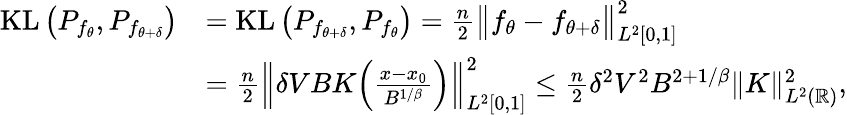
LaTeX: \begin{array}{rl}{\operatorname{KL}\big(P_{f_{\theta}},P_{f_{\theta+\delta}}\big)}&{=\operatorname{KL}\big(P_{f_{\theta+\delta}},P_{f_{\theta}}\big)=\frac n2\big\| f_{\theta}-f_{\theta+\delta}\big\| _{L^{2}[0,1]}^{2}}\\ &{=\frac n2\Big\| \delta VBK\Big(\frac{x-x_{0}}{B^{1/\beta}}\Big)\Big\| _{L^{2}[0,1]}^{2}\leq\frac{n}{2}\delta^{2}V^{2}B^{2+1/\beta}\| K\| _{L^{2}({\mathbb R})}^{2},}\end{array}